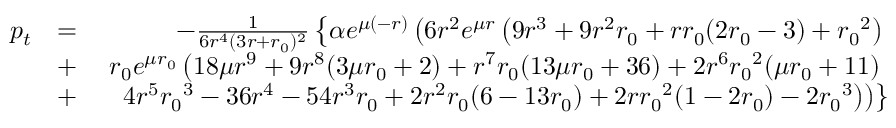
\begin{array} { r l r } { p _ { t } } & { = } & { - \frac { 1 } { 6 r ^ { 4 } ( 3 r + { r _ { 0 } } ) ^ { 2 } } \left\lbrace \alpha e ^ { \mu ( - r ) } \left( 6 r ^ { 2 } e ^ { \mu r } \left( 9 r ^ { 3 } + 9 r ^ { 2 } { r _ { 0 } } + r { r _ { 0 } } ( 2 { r _ { 0 } } - 3 ) + { r _ { 0 } } ^ { 2 } \right) \right. \right. } \\ & { + } & { \left. \left. { r _ { 0 } } e ^ { \mu { r _ { 0 } } } \left( 1 8 \mu r ^ { 9 } + 9 r ^ { 8 } ( 3 \mu { r _ { 0 } } + 2 ) + r ^ { 7 } { r _ { 0 } } ( 1 3 \mu { r _ { 0 } } + 3 6 ) + 2 r ^ { 6 } { r _ { 0 } } ^ { 2 } ( \mu { r _ { 0 } } + 1 1 ) \right. \right. \right. } \\ & { + } & { \left. \left. \left. 4 r ^ { 5 } { r _ { 0 } } ^ { 3 } - 3 6 r ^ { 4 } - 5 4 r ^ { 3 } { r _ { 0 } } + 2 r ^ { 2 } { r _ { 0 } } ( 6 - 1 3 { r _ { 0 } } ) + 2 r { r _ { 0 } } ^ { 2 } ( 1 - 2 { r _ { 0 } } ) - 2 { r _ { 0 } } ^ { 3 } \right) \right) \right\rbrace } \end{array}